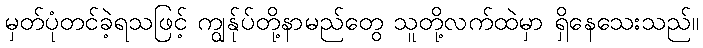
မှတ်ပုံတင်ခဲ့ရသဖြင့် ကျွန်ုပ်တို့နာမည်တွေ သူတို့လက်ထဲမှာ ရှိနေသေးသည်။